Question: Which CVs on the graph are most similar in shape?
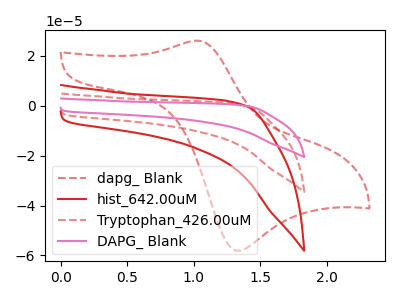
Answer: <think>The red dashed curve "dapg_ Blank" has an anodic peak at (1.00V, 26.15uA) and a cathodic peak at (1.30V, -58.10uA). The red curve "hist_642.00uM" has no peaks. The red dashed curve "Tryptophan_426.00uM" has no peaks. The pink curve "DAPG_ Blank" has no peaks.
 "dapg_ Blank" and "hist_642.00uM" have a different number of peaks. "dapg_ Blank" and "Tryptophan_426.00uM" have a different number of peaks. "dapg_ Blank" and "DAPG_ Blank" have a different number of peaks. Neither "hist_642.00uM" or "Tryptophan_426.00uM" have any peaks. Neither "hist_642.00uM" or "DAPG_ Blank" have any peaks. Neither "Tryptophan_426.00uM" or "DAPG_ Blank" have any peaks.</think>
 <answer>"hist_642.00uM", "Tryptophan_426.00uM" and "DAPG_ Blank" have the same shape and are likely CV's of the same chemical.</answer>
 <eval>"hist_642.00uM" "Tryptophan_426.00uM" "DAPG_ Blank"</eval>